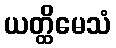
ယတ္ထိမေသံ